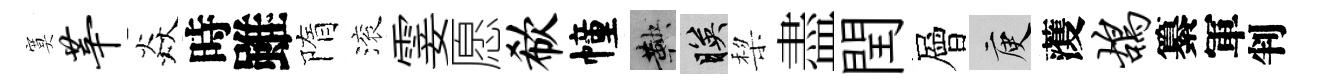
寞莘焱時雖隋滚霎愿欷幢鞅映棃盡閏層庾𮑮鸪纂軍判